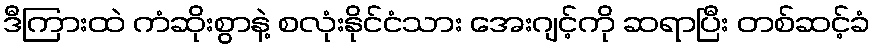
ဒီကြားထဲ ကံဆိုးစွာနဲ့ စလုံးနိုင်ငံသား အေးဂျင့်ကို ဆရာပြီး တစ်ဆင့်ခံ